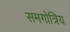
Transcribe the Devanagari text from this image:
समगोत्रिय